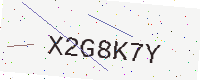
Text: X2G8K7Y